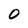
Character: 0